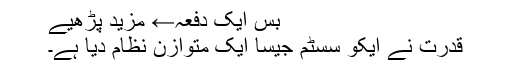
بس ایک دفعہ← مزید پڑھیے
قدرت نے ایکو سسٹم جیسا ایک متوازن نظام دیا ہے۔